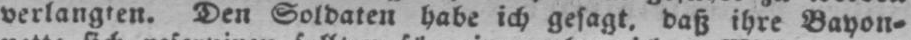
verlangten. Den Soldaten habe ich gesagt, daß ihre Bayon⸗